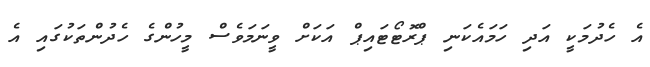
އެ ހެދުމަކީ އަދި ހަމައެކަނި ޕްރޮޓޯޓައިޕް އަކަށް ވީނަމަވެސް މީހުންގެ ހެދުންތަކުގައި އެ